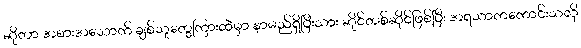
ဆိုတာ အစားအသောက် ချစ်သူတွေကြားထဲမှာ နာမည်ရှိပြီးသား ဆိုင်တစ်ဆိုင်ဖြစ်ပြီး အရသာကကောင်းသလို